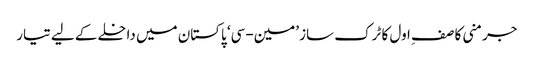
جرمنی کا صفِ اول کا ٹرک ساز ’مین-سی‘ پاکستان میں داخلے کے لیے تیار